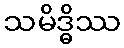
သမိဒ္ဓိဿ